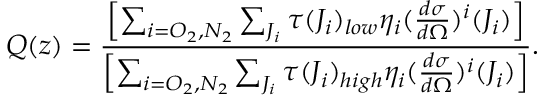
Q ( z ) = \frac { \left[ \sum _ { i = O _ { 2 } , N _ { 2 } } \sum _ { J _ { i } } \tau ( J _ { i } ) _ { l o w } \eta _ { i } ( \frac { d \sigma } { d \Omega } ) ^ { i } ( J _ { i } ) \right] } { \left[ \sum _ { i = O _ { 2 } , N _ { 2 } } \sum _ { J _ { i } } \tau ( J _ { i } ) _ { h i g h } \eta _ { i } ( \frac { d \sigma } { d \Omega } ) ^ { i } ( J _ { i } ) \right] } .